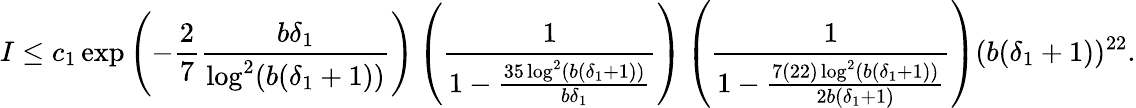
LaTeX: I\leq c_{1}\exp\left(-\frac{2}{7}\frac{b\delta_{1}}{\log^{2}(b(\delta_{1}+1))}\right)\left(\frac{1}{1-\frac{35\log^{2}(b(\delta_{1}+1))}{b\delta_{1}}}\right)\left(\frac{1}{1-\frac{7(22)\log^{2}(b(\delta_{1}+1))}{2b(\delta_{1}+1)}}\right)(b(\delta_{1}+1))^{22}.